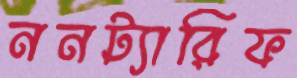
ননট্যারিফ